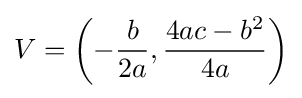
V=\left(-{\frac {b}{2a}},{\frac {4ac-b^{2}}{4a}}\right)